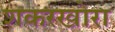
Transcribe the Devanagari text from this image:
शकरखोरा